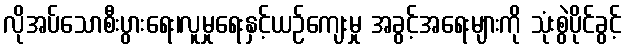
လိုအပ်သောစီးပွားရေး၊လူမှုရေးနှင့်ယဉ်ကျေးမှု အခွင့်အရေးများကို သုံးစွဲပိုင်ခွင့်